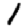
Digit: 1